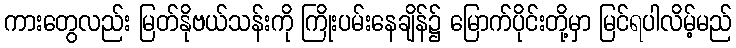
ကားတွေလည်း မြတ်နိုဗယ်သန်းကို ကြိုးပမ်းနေချိန်၌ မြောက်ပိုင်းတို့မှာ မြင်ရပါလိမ့်မည်